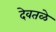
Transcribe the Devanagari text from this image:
देवतळे